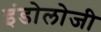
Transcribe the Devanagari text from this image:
इंडोलोजी